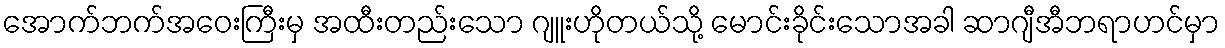
အောက်ဘက်အဝေးကြီးမှ အထီးတည်းသော ဂျူးဟိုတယ်သို့ မောင်းခိုင်းသောအခါ ဆာဂျီအီဘရာဟင်မှာ